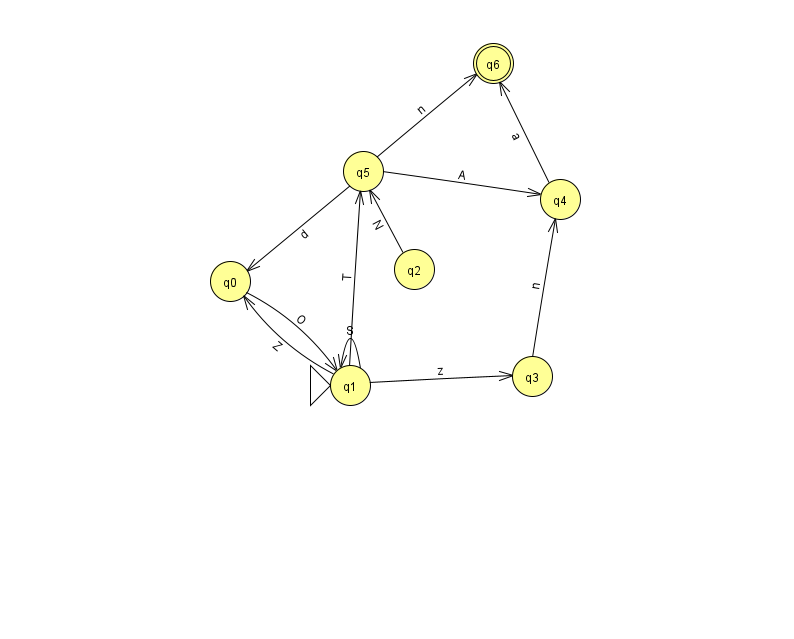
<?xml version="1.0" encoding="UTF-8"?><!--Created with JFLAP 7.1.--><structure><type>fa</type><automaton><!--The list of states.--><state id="0" name="q0"><x>230.0</x><y>268.0</y></state><state id="1" name="q1"><x>350.0</x><y>372.0</y><initial/></state><state id="2" name="q2"><x>414.0</x><y>256.0</y></state><state id="3" name="q3"><x>532.0</x><y>363.0</y></state><state id="4" name="q4"><x>560.0</x><y>186.0</y></state><state id="5" name="q5"><x>363.0</x><y>158.0</y></state><state id="6" name="q6"><x>493.0</x><y>50.0</y><final/></state><!--The list of transitions.--><transition><from>1</from><to>0</to><read>Z</read></transition><transition><from>1</from><to>1</to><read>S</read></transition><transition><from>2</from><to>5</to><read>N</read></transition><transition><from>0</from><to>1</to><read>O</read></transition><transition><from>5</from><to>0</to><read>d</read></transition><transition><from>1</from><to>3</to><read>z</read></transition><transition><from>3</from><to>4</to><read>n</read></transition><transition><from>4</from><to>6</to><read>a</read></transition><transition><from>5</from><to>4</to><read>A</read></transition><transition><from>5</from><to>6</to><read>n</read></transition><transition><from>1</from><to>5</to><read>T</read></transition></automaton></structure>